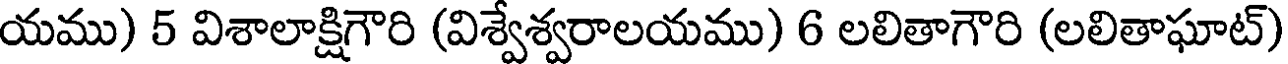
యము) 5 విశాలాక్షిగౌరి (విశ్వేశ్వరాలయము) 6 లలితాగౌరి (లలితాఘాట్)